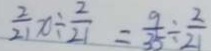
\frac { 2 } { 2 1 } x \div \frac { 2 } { 2 1 } = \frac { 9 } { 3 5 } \div \frac { 2 } { 2 1 }